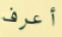
أعرف